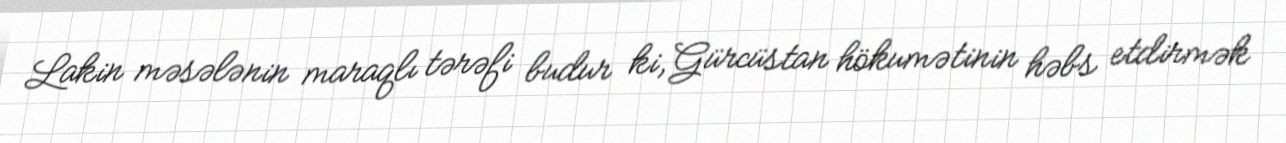
Lakin məsələnin maraqlı tərəfi budur ki, Gürcüstan hökumətinin həbs etdirmək